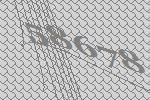
58678